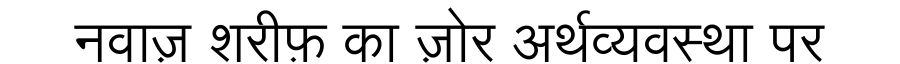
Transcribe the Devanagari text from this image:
नवाज़ शरीफ़ का ज़ोर अर्थव्यवस्था पर